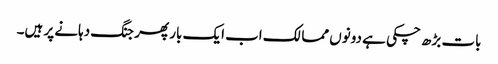
بات بڑھ چکی ہے دونوں ممالک اب ایک بار پھر جنگ دہانے پر ہیں۔